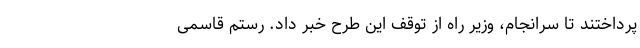
پرداختند تا سرانجام، وزیر راه از توقف این طرح خبر داد. رستم قاسمی